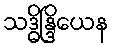
သဒ္ဓိန္ဒြိယေန